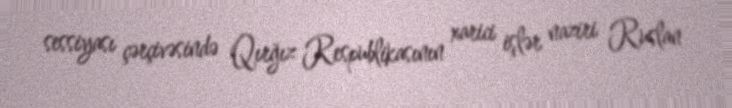
sessiyası çərçivəsində Qırğız Respublikasının xarici işlər naziri Ruslan